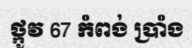
ថ្កូវ 67 កំពង់ ប្រាំង